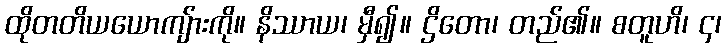
ထိုတတိယယောကျ်ားကို။ နိဿာယ၊ မှီ၍။ ဌိတော၊ တည်၏။ စတူဟိ၊ ၄၊